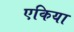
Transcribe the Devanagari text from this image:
एकिया